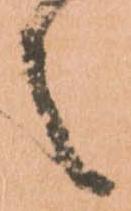
之